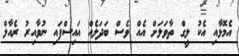
އެމޮޅާއި އެކު ލީގް ތާވަލަށް އެއް ވެސް ބަދަލެއް އައިސްފައި ނުވާއިރު ރެއާލް